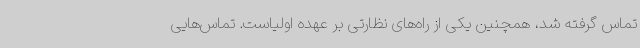
تماس گرفته شد، همچنین یکی از راه‌های نظارتی بر عهده اولیاست. تماس‌هایی